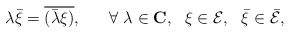
\begin{align*}\lambda \bar{\xi} = \overline{ (\bar{\lambda} \xi)}, ~~~~~ \forall ~ \lambda \in {\bf C}, ~~ \xi \in {\cal E}, ~~ \bar{\xi} \in \bar{\cal E},\end{align*}